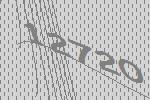
12720